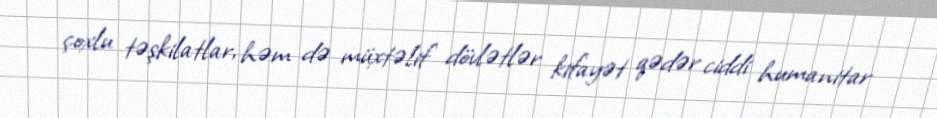
çoxlu təşkilatlar, həm də müxtəlif dövlətlər kifayət qədər ciddi humanitar